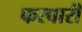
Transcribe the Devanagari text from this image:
फरवारी